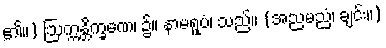
၏။) ဩက္ကန္တိက္ခဏေ၊ ၌။ နာမရူပံ၊ သည်။ (အညမညံ၊ ချင်း။)